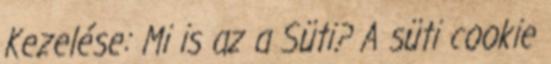
Kezelése: Mi is az a Süti? A süti cookie